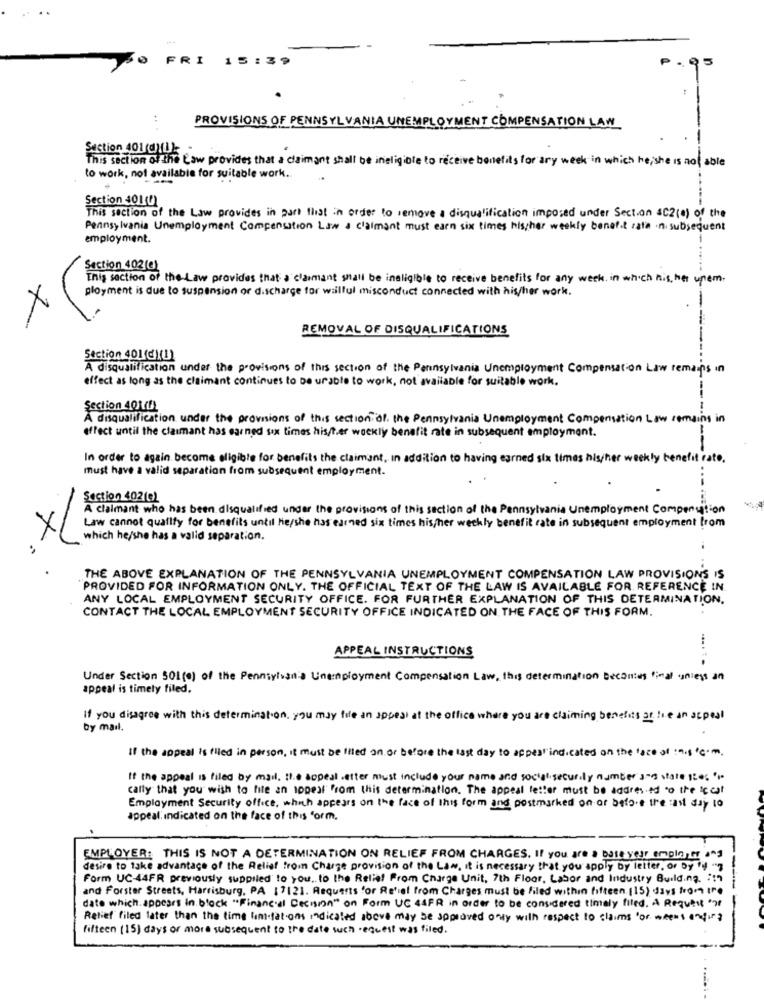
F
R
I
15 :39
. 35
PROVISIONS OF PENNSYLVANIA UNEMPLOYMENT COMPENSATION LAW
Section 401 (@)))
This section of the Law provides that a claimant shall be ineligible to receive benefits for any week in which he, she is not able
to work, not available for suitable work ..
Section 401(0)
This section of the Law provides in part that in order to remove a disqualification imposed under Section 4C2(0) of the
Pennsylvania Unemployment Compensation Law & claimant must earn six times his/her weekly benefit rate in subsequent
employment.
Section 402(e)
This section of the Law provides that a claimant shall be ineligible to receive benefits for any week in which is, her upem.
ployment is due to suspension or d.scharge for wilful misconduct connected with his/her work.
REMOVAL OF DISQUALIFICATIONS
Section 401(C)(1)
A disqualification under the provisions of this section of the Pennsylvania Unemployment Compensation Law remains in
effect as long as the claimant continues to be urable to work, not available for suitable work.
Section 40xf
A disqualification under the provisions of this section of, the Pennsylvania Unemployment Compensation Law remains in
effect until the claimant has earned six times his/ter weekly benefit rate in subsequent employment.
In order to again become eligible for benefits the claimant, In addition to having earned six times his/her weekly benefit rate.
must have a valid separation from subsequent employment.
Section 402(e)
A claimant who has been disqualified under the provisions of this section of the Pennsylvania Unemployment Comparution
Law cannot qualify for benefits until he/she has earned six times his/her weekly benefit rate in subsequent employment from
XL
which he/she has a valid separation.
THE ABOVE EXPLANATION OF THE PENNSYLVANIA UNEMPLOYMENT COMPENSATION LAW PROVISIONS IS
"PROVIDED FOR INFORMATION ONLY. THE OFFICIAL TEXT OF THE LAW IS AVAILABLE FOR. REFERENCE IN
ANY LOCAL EMPLOYMENT SECURITY OFFICE. FOR FURTHER EXPLANATION OF THIS DETERMINATION.
CONTACT THE LOCAL EMPLOYMENT SECURITY OFFICE INDICATED ON THE FACE OF THIS FORM.
APPEAL INSTRUCTIONS
Under Section SOL(o) of the Pennsylssits Unemployment Compensation Law, this determination Decontes final unless an
appeal is timely filed,
if you disagree with this determination, you may fue an appeal at the office where you are claiming benefits or lie an appeal
by mail.
If the appeal is filed in person, it must be Illed on or before the last day to appeal indicated on the face of :5.5''m.
If the appeal is filed by mail. It.@ appeal .etter must include your name and social security number and state gie
cally that you wish to file an appeal From this determination. The appeal letter must be addresed to the local
Employment Security office, which appears on the face of this form and postmarked on or before the ast day to
appeal. Indicated on the face of this form.
EMPLOYER: THIS IS NOT A DETERMINATION ON RELIEF FROM CHARGES. If you are a base your emplo,tf ang
desire to take advantage of the Relief from Charge provision of the Law, it is necessary that you apply by letter, or by 4 7
Form UC-44FR previously supplied to you .. to the Relief From Charge Unit, 7th Floor, Labor and Industry Building. "1"
and Forster Streets, Harrisburg, PA 17121. Requests for Relief from Charges must be filed within fifteen. (15) days from tre
---
date which appears in black "Financial Decision" on Form UC &SFR in order to be considered timely filed. A Request "if
Relief filed later than the time limitations indicated above may be approved only with respect to claims "or weens anding
fifteen (15) days or more subsequent to the date wuch request was filed.